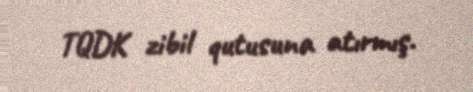
TQDK zibil qutusuna atırmış.